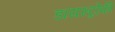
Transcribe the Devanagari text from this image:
डायस्ट्रोफी